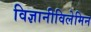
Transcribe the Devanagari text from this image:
विज्ञानीविलेमिन